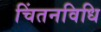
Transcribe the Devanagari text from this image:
चिंतनविधि